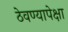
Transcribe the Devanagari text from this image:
ठेवण्यापेक्षा